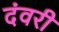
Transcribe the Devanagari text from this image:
दंवरी